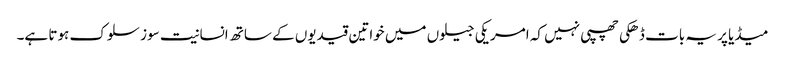
میڈیا پر یہ بات ڈھکی چھپی نہیں کہ امریکی جیلوں میں خواتین قیدیوں کے ساتھ انسانیت سوز سلوک ہوتا ہے۔